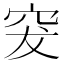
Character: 𥥛